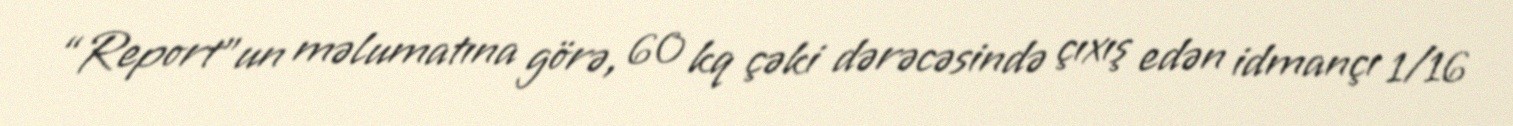
“Report”un məlumatına görə, 60 kq çəki dərəcəsində çıxış edən idmançı 1/16